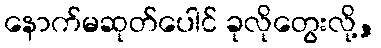
နောက်မဆုတ်ပေါင် ခုလိုတွေးလို့,